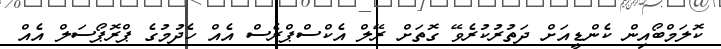
ކޮލަމްބޯއިން ކެންޑީއަށް ދަތުރުކުރެވޭ ގޮތަށް ރޭލް އެކްސްޕްރެސް އެއް ހެދުމުގެ ޕްރޮޕޯސަލް އެއް